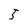
Character: 5